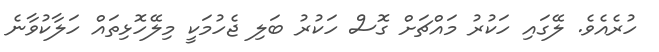
ހުރެއެވެ. ލޭގައި ހަކުރު މައްޗަށް ގޮސް ހަކުރު ބަލި ޖެހުމަކީ މިލޭހޮޅިތައް ހަލާކުވާނެ